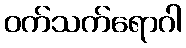
ဝက်သက်ရောဂါ